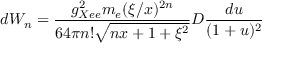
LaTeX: d W _ { n } = { \frac { g _ { X e e } ^ { 2 } m _ { e } ( \xi / x ) ^ { 2 n } } { 6 4 \pi n ! \sqrt { n x + 1 + \xi ^ { 2 } } } } D { \frac { d u } { ( 1 + u ) ^ { 2 } } }